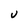
Character: U